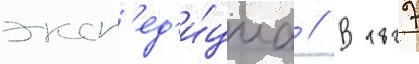
эксп'ед'и́циа // В 1827